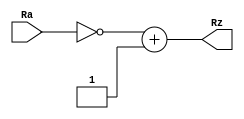
module Neg_32(
	input wire [31:0] Ra,
	output wire [31:0] Rz
	);
	
	assign Rz = ~Ra +1;
	
	
	
endmodule